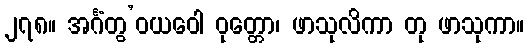
၂၇၈။ အင်္ဂံတွ’ဝယဝေါ ဝုတ္တော၊ ဖာသုလိကာ တု ဖာသုကာ။